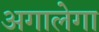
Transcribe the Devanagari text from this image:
अगालेगा